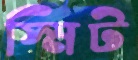
স্মিট